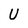
Character: U